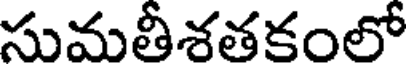
సుమతీశతకంలో